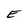
Character: E